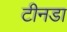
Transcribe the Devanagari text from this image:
टीनडा